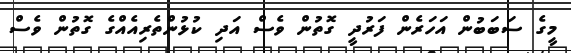
މީގެ ސަބަބުން އަހަރެން ފަރުދީ ގޮތުން ވެސް އަދި ކުޅުންތެރިއެއްގެ ގޮތުން ވެސް